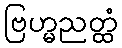
ဗြဟ္မညတ္ထံ